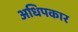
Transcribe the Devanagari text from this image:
अधिपकार